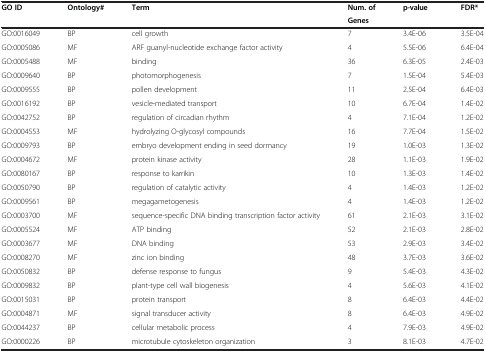
<table><thead><tr><td rowspan="2"><b>GO ID</b></td><td rowspan="2"><b>Ontology#</b></td><td rowspan="2"><b>Term</b></td><td><b>Num. of</b></td><td rowspan="2"><b>p-value</b></td><td rowspan="2"><b>FDR*</b></td></tr><tr><td><b>Genes</b></td></tr></thead><tbody><tr><td>GO:0016049</td><td>BP</td><td>cell growth</td><td>7</td><td>3.4E-06</td><td>3.5E-04</td></tr><tr><td>GO:0005086</td><td>MF</td><td>ARF guanyl-nucleotide exchange factor activity</td><td>4</td><td>5.5E-06</td><td>6.4E-04</td></tr><tr><td>GO:0005488</td><td>MF</td><td>binding</td><td>36</td><td>6.3E-05</td><td>2.4E-03</td></tr><tr><td>GO:0009640</td><td>BP</td><td>photomorphogenesis</td><td>7</td><td>1.5E-04</td><td>5.4E-03</td></tr><tr><td>GO:0009555</td><td>BP</td><td>pollen development</td><td>11</td><td>2.5E-04</td><td>6.4E-03</td></tr><tr><td>GO:0016192</td><td>BP</td><td>vesicle-mediated transport</td><td>10</td><td>6.7E-04</td><td>1.4E-02</td></tr><tr><td>GO:0042752</td><td>BP</td><td>regulation of circadian rhythm</td><td>4</td><td>7.1E-04</td><td>1.2E-02</td></tr><tr><td>GO:0004553</td><td>MF</td><td>hydrolyzing O-glycosyl compounds</td><td>16</td><td>7.7E-04</td><td>1.5E-02</td></tr><tr><td>GO:0009793</td><td>BP</td><td>embryo development ending in seed dormancy</td><td>19</td><td>1.0E-03</td><td>1.3E-02</td></tr><tr><td>GO:0004672</td><td>MF</td><td>protein kinase activity</td><td>28</td><td>1.1E-03</td><td>1.9E-02</td></tr><tr><td>GO:0080167</td><td>BP</td><td>response to karrikin</td><td>10</td><td>1.3E-03</td><td>1.4E-02</td></tr><tr><td>GO:0050790</td><td>BP</td><td>regulation of catalytic activity</td><td>4</td><td>1.4E-03</td><td>1.2E-02</td></tr><tr><td>GO:0009561</td><td>BP</td><td>megagametogenesis</td><td>4</td><td>1.4E-03</td><td>1.2E-02</td></tr><tr><td>GO:0003700</td><td>MF</td><td>sequence-specific DNA binding transcription factor activity</td><td>61</td><td>2.1E-03</td><td>3.1E-02</td></tr><tr><td>GO:0005524</td><td>MF</td><td>ATP binding</td><td>52</td><td>2.1E-03</td><td>2.8E-02</td></tr><tr><td>GO:0003677</td><td>MF</td><td>DNA binding</td><td>53</td><td>2.9E-03</td><td>3.4E-02</td></tr><tr><td>GO:0008270</td><td>MF</td><td>zinc ion binding</td><td>48</td><td>3.7E-03</td><td>3.6E-02</td></tr><tr><td>GO:0050832</td><td>BP</td><td>defense response to fungus</td><td>9</td><td>5.4E-03</td><td>4.3E-02</td></tr><tr><td>GO:0009832</td><td>BP</td><td>plant-type cell wall biogenesis</td><td>4</td><td>5.6E-03</td><td>4.1E-02</td></tr><tr><td>GO:0015031</td><td>BP</td><td>protein transport</td><td>8</td><td>6.4E-03</td><td>4.4E-02</td></tr><tr><td>GO:0004871</td><td>MF</td><td>signal transducer activity</td><td>8</td><td>6.4E-03</td><td>4.9E-02</td></tr><tr><td>GO:0044237</td><td>BP</td><td>cellular metabolic process</td><td>4</td><td>7.9E-03</td><td>4.9E-02</td></tr><tr><td>GO:0000226</td><td>BP</td><td>microtubule cytoskeleton organization</td><td>3</td><td>8.1E-03</td><td>4.7E-02</td></tr></tbody></table>